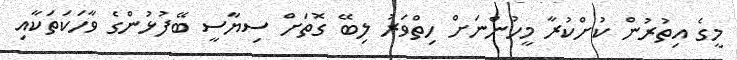
މީގެ އިތުރުން ކުށްކުރާ މީހުންނަށް ހިތްވަރު ލިބޭ ގޮތަށް ސިޔާސީ ބޭފުޅުންގެ ވާހަކަތަކާއި